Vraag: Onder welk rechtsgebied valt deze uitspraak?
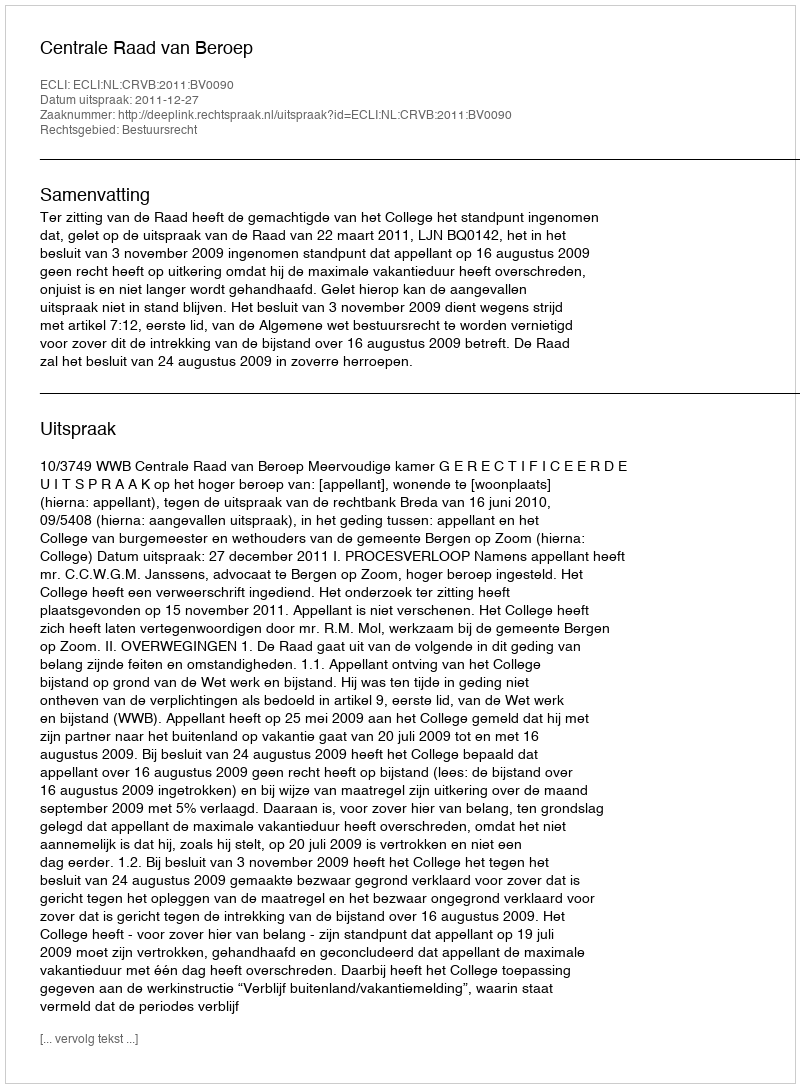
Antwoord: Bestuursrecht